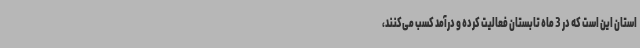
استان این است که در 3 ماه تابستان فعالیت کرده و درآمد کسب می‌کنند،